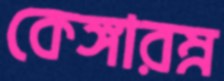
কেঙ্গারম্ন